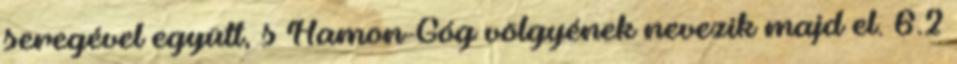
seregével együtt, s Hamon-Góg völgyének nevezik majd el. 6.2